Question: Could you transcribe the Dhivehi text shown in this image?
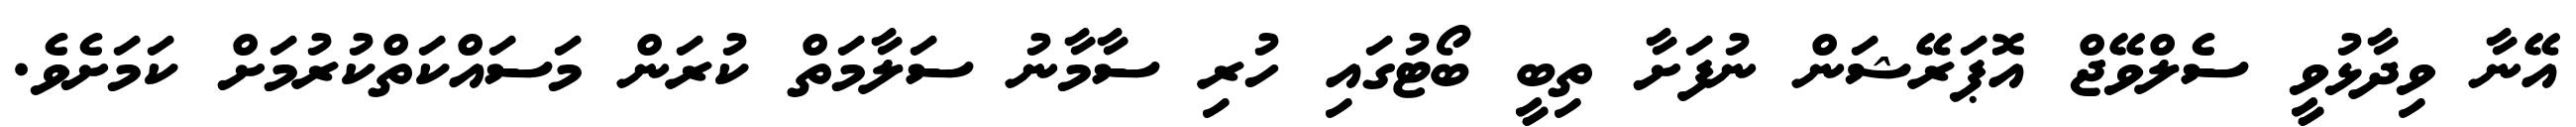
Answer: އޭނާ ވިދާޅުވީ ސެލްވޭޖް އޮޕަރޭޝަން ނުފަށާ ތިބީ ބޯޓުގައި ހުރި ސާމާނު ސަލާމަތް ކުރަން މަސައްކަތްކުރުމަށް ކަމަށެވެ.